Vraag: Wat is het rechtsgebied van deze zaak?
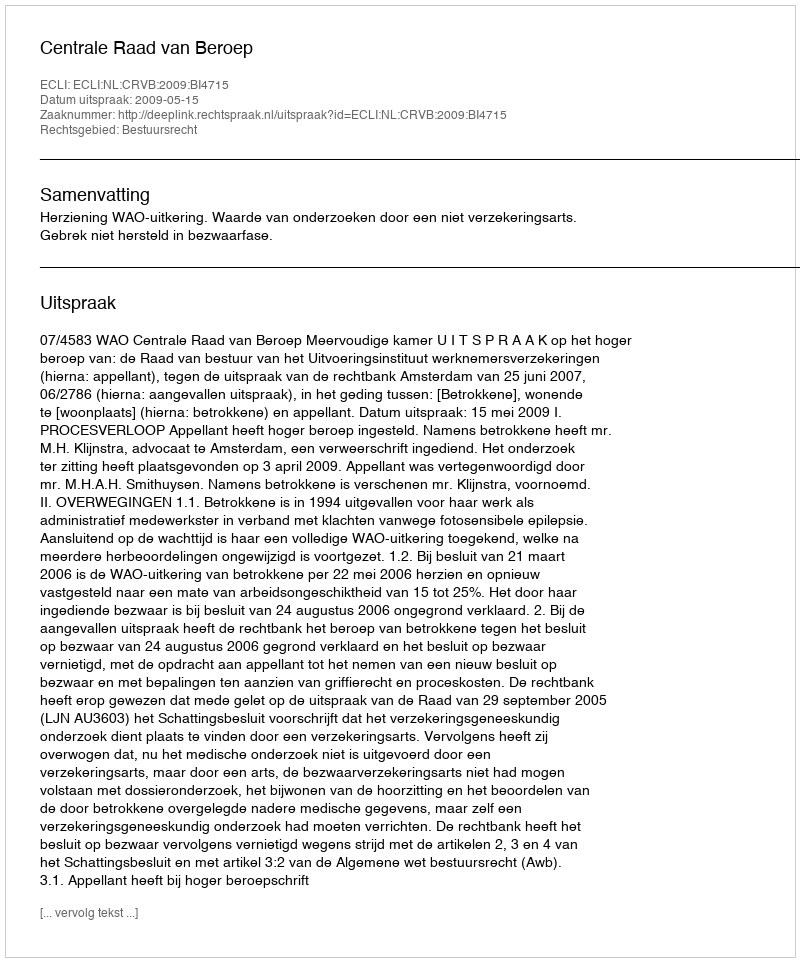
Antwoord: Bestuursrecht